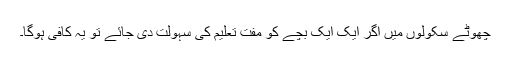
چھوٹے سکولوں میں اگر ایک ایک بچے کو مفت تعلیم کی سہولت دی جائے تو یہ کافی ہوگا۔